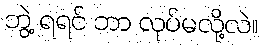
ဘွဲ့ ရရင် ဘာ လုပ်မလို့လဲ။